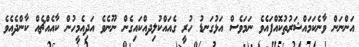
އަންނަން ވާނެކަމައްޝަރުތުކޮއްފައެވެ ނަމަވެސް އަޅުގަނޑު ހުރީ ގެއައްކުލިދއްކައިގެން ނޫނެވެ އަދިއެމީހުން ކާއެއްޗެއް ކާންދެއެވެ